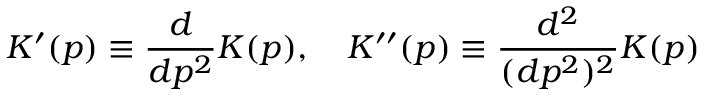
K ^ { \prime } ( p ) \equiv \frac { d } { d p ^ { 2 } } K ( p ) , \quad K ^ { \prime \prime } ( p ) \equiv \frac { d ^ { 2 } } { ( d p ^ { 2 } ) ^ { 2 } } K ( p )